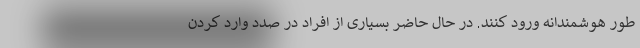
طور هوشمندانه ورود کنند. در حال حاضر بسیاری از افراد در صدد وارد کردن